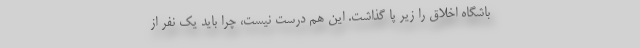
باشگاه اخلاق را زیر پا گذاشت. این هم درست نیست، چرا باید یک نفر از